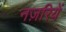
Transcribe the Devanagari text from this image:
नज़रियें